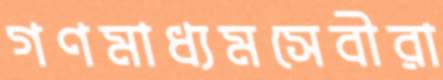
গণমাধ্যমসেবীরা